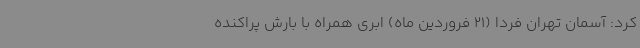
کرد: آسمان تهران فردا (21 فروردین ماه) ابری همراه با بارش پراکنده